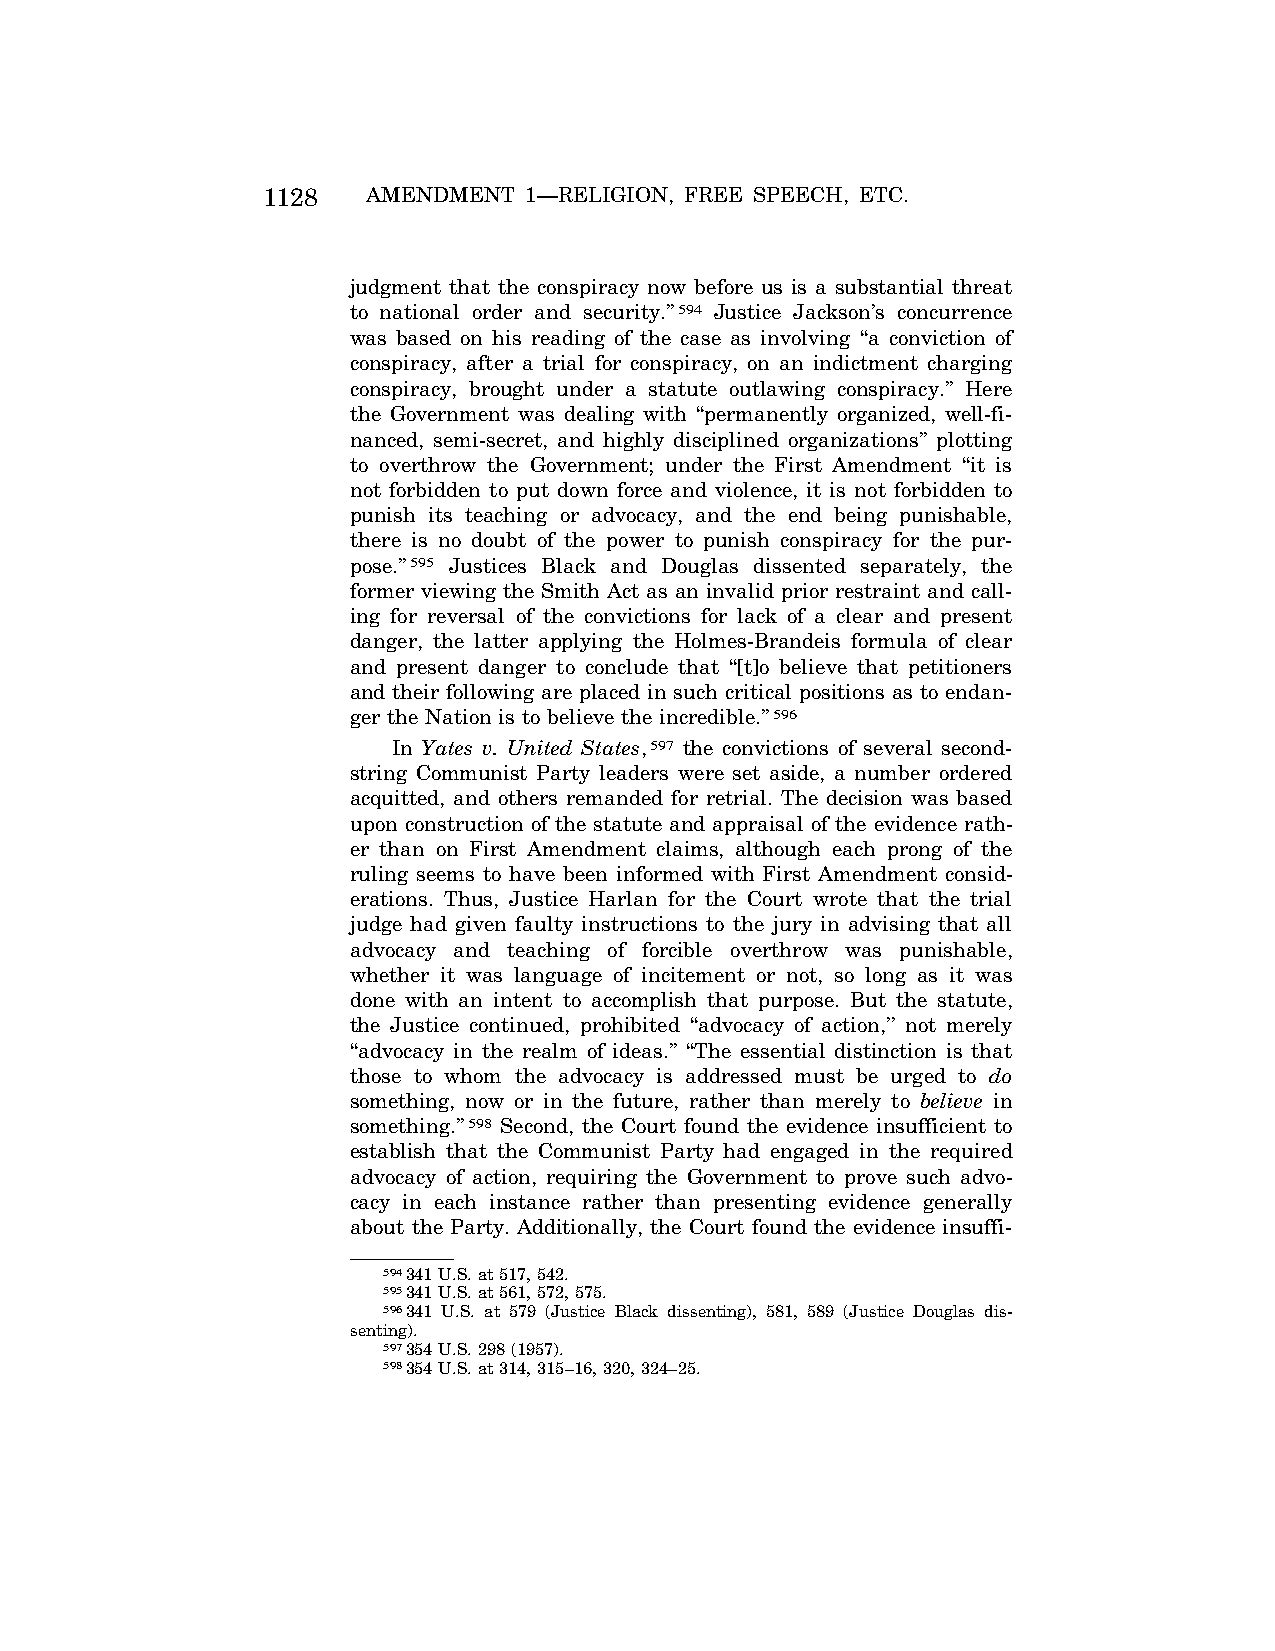
1128   AMENDMENT  1—RELIGION, FREE SPEECH, ETC.
 judgment that the conspiracy now before us is a substantial threat
 to national order and security.’’594 Justice Jackson’s concurrence
 was based on his reading of the case as involving ‘‘a conviction of
 conspiracy, after a trial for conspiracy, on an indictment charging
 conspiracy, brought under a statute outlawing conspiracy.’’ Here
 the Government was dealing with ‘‘permanently organized, well-fi-
 nanced, semi-secret, and highly disciplined organizations’’ plotting
 to overthrow the Government; under the First Amendment ‘‘it is
 not forbidden to put down force and violence, it is not forbidden to
 punish its teaching or advocacy, and the end being punishable,
 there is no doubt of the power to punish conspiracy for the pur-
 pose.’’595 Justices Black and Douglas dissented separately, the
 former viewing the Smith Act as an invalid prior restraint and call-
 ing for reversal of the convictions for lack of a clear and present
 danger, the latter applying the Holmes-Brandeis formula of clear
 and present danger to conclude that ‘‘[t]o believe that petitioners
 and their following are placed in such critical positions as to endan-
 ger the Nation is to believe the incredible.’’596
 In Yates v. United States,597 the convictions of several second-
 string Communist Party leaders were set aside, a number ordered
 acquitted, and others remanded for retrial. The decision was based
 upon construction of the statute and appraisal of the evidence rath-
 er than on First Amendment claims, although each prong of the
 ruling seems to have been informed with First Amendment consid-
 erations. Thus, Justice Harlan for the Court wrote that the trial
 judge had given faulty instructions to the jury in advising that all
 advocacy and teaching of forcible overthrow was punishable,
 whether it was language of incitement or not, so long as it was
 done with an intent to accomplish that purpose. But the statute,
 the Justice continued, prohibited ‘‘advocacy of action,’’ not merely
 ‘‘advocacy in the realm of ideas.’’ ‘‘The essential distinction is that
 those to whom the advocacy is addressed must be urged to do
 something, now or in the future, rather than merely to believe in
 something.’’598 Second, the Court found the evidence insufficient to
 establish that the Communist Party had engaged in the required
 advocacy of action, requiring the Government to prove such advo-
 cacy in each instance rather than presenting evidence generally
 about the Party. Additionally, the Court found the evidence insuffi-
 594341 U.S. at 517, 542.
 595341 U.S. at 561, 572, 575.
 596341 U.S. at 579 (Justice Black dissenting), 581, 589 (Justice Douglas dis-
 senting).
 597354 U.S. 298 (1957).
 598354 U.S. at 314, 315–16, 320, 324–25.
 VerDate Apr<15>2004 08:57 Jun 25, 2004 Jkt 077500 PO 00000 Frm 00116 Fmt 8222 Sfmt 8222 C:\CONAN\CON024.SGM PRFM99 PsN: CON024